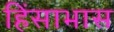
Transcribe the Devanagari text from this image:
हिंसाभास